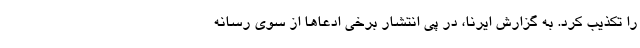
را تکذیب کرد. به گزارش ایرنا، در پی انتشار برخی ادعاها از سوی رسانه